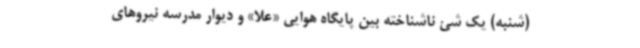
(شنبه) یک شئ ناشناخته بین پایگاه هوایی «علا» و دیوار مدرسه نیروهای